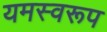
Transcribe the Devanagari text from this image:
यमस्वरूप